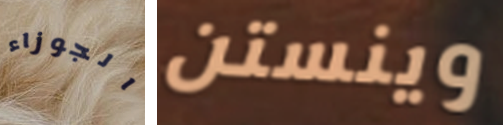
الجوزاء وينستن